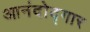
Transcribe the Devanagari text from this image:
आनंदोद्गार